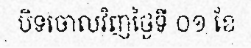
បិទចោលវិញថ្ងៃទី ០១ ខែ